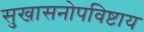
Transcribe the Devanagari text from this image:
सुखासनोपविष्टाय